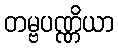
တမ္ဗပဏ္ဏိယာ